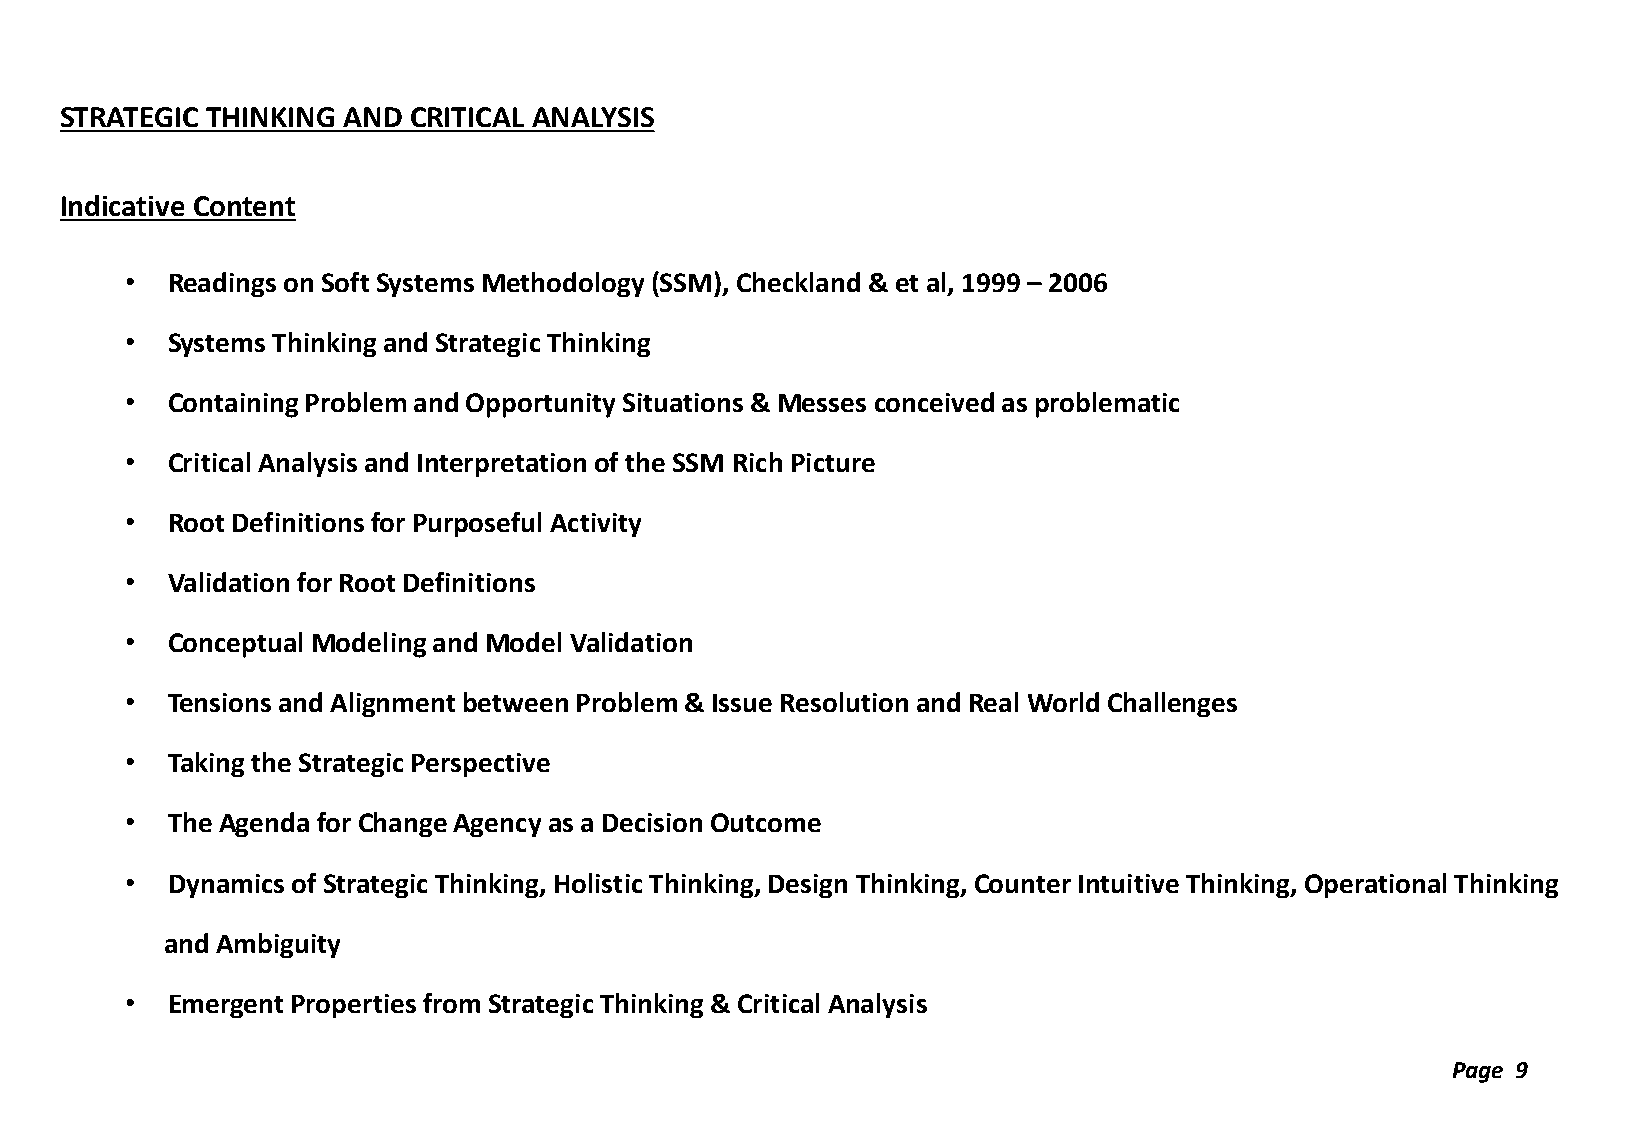
STRATEGIC THINKING AND CRITICAL ANALYSIS
 Indicative Content
 •  Readings on Soft Systems Methodology (SSM), Checkland & et al, 1999 – 2006
 •  Systems Thinking and Strategic Thinking
 •  Containing Problem and Opportunity Situations & Messes conceived as problematic
 •  Critical Analysis and Interpretation of the SSM Rich Picture
 •  Root Definitions for Purposeful Activity
 •  Validation for Root Definitions
 •  Conceptual Modeling and Model Validation
 •  Tensions and Alignment between Problem & Issue Resolution and Real World Challenges
 •  Taking the Strategic Perspective
 •  The Agenda for Change Agency as a Decision Outcome
 •  Dynamics of Strategic Thinking, Holistic Thinking, Design Thinking, Counter Intuitive Thinking, Operational Thinking
 and Ambiguity
 •  Emergent Properties from Strategic Thinking & Critical Analysis
 Page 9